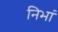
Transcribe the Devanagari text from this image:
निभां